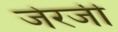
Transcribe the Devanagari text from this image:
जेरजी